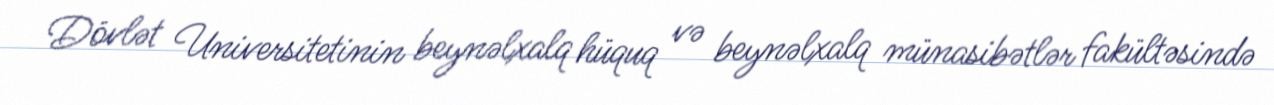
Dövlət Universitetinin beynəlxalq hüquq və beynəlxalq münasibətlər fakültəsində